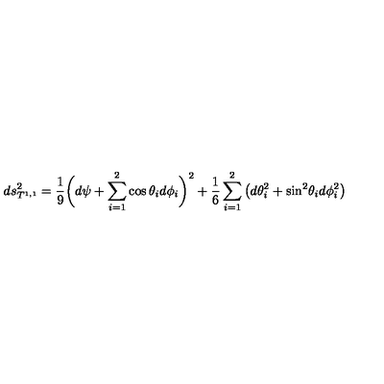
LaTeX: d s _ { T ^ { 1 , 1 } } ^ { 2 } = { \frac { 1 } { 9 } } \bigg ( d \psi + \sum _ { i = 1 } ^ { 2 } \cos \theta _ { i } d \phi _ { i } \bigg ) ^ { 2 } + { \frac { 1 } { 6 } } \sum _ { i = 1 } ^ { 2 } \left( d \theta _ { i } ^ { 2 } + \mathrm { s i n } ^ { 2 } \theta _ { i } d \phi _ { i } ^ { 2 } \right) \